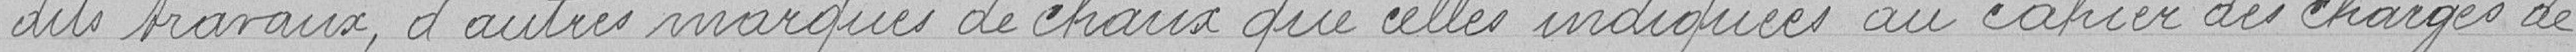
dits travaux, d'autres marques de chaux que celles indiquées au cahier des charges de